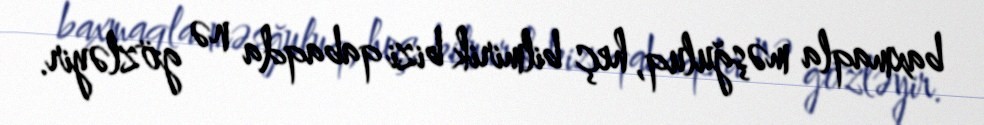
baxmaqla məşğuluq, heç bilmirik bizi qabaqda nə gözləyir.